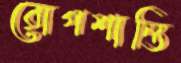
রোগশান্তি